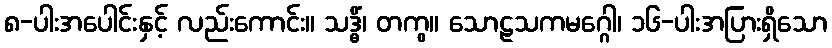
၈-ပါးအပေါင်းနှင့် လည်းကောင်း။ သဒ္ဓိံ၊ တကွ။ သောဠသကမဂ္ဂေါ၊ ၁၆-ပါးအပြားရှိသော